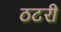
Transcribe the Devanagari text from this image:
ठटरी